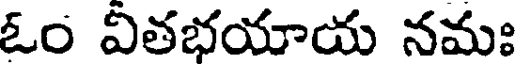
ఓం వితభయాయ నమః